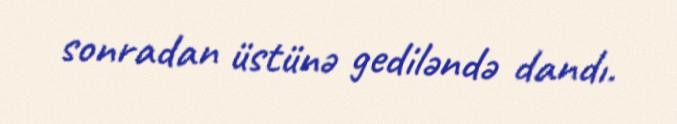
sonradan üstünə gediləndə dandı.